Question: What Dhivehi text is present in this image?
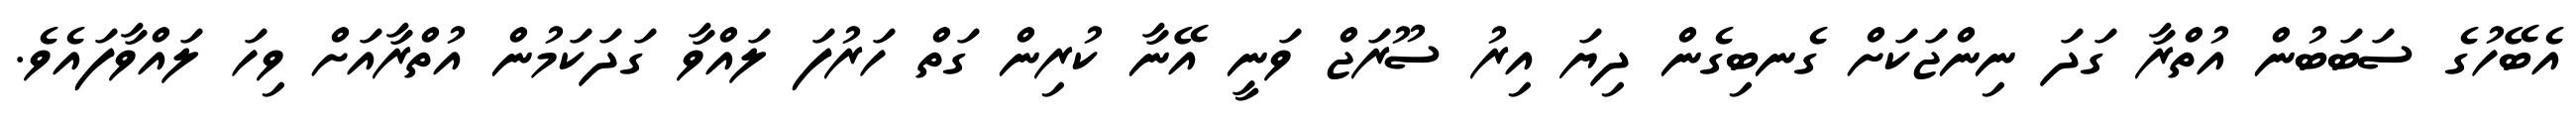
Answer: އެބޭހުގެ ސަބަބުން އުތްރާ ގަދަ ނިންޖަކަށް ގެނބިގެން ދިޔަ އިރު ސޫރަޖް ވަނީ އޭނާ ކުރިން ގަތް ހަރުފަ ލައްވާ ގަދަކަމުން އުތްރާއަށް ވިހަ ލައްވާފައެވެ.